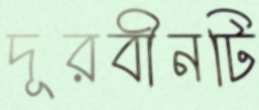
দূরবীনটি